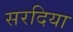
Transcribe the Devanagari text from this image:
सरदिया